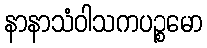
နာနာသံဝါသကပဉ္စမော